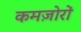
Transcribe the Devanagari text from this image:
कमज़ोरों